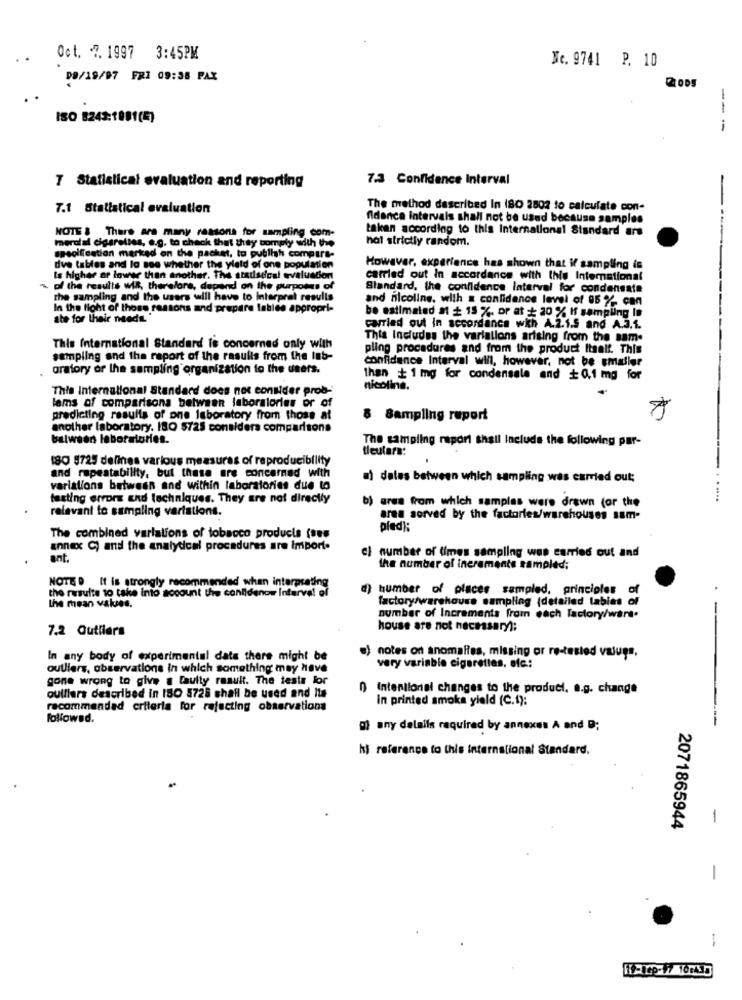
Oct. 7. 1997 3:45PM
Ne. 9741 P. 10
D9/19/97 FRI 09:38 PAX
2005
--
ISO 8243:1091(4)
-
7 Statistical evaluation and reporting
7.3 Confidence Interval
7.1 Statistical evaluation
The method described In (80 2802 to calculate con-
fidence intervals shall not be used because samples
NOTE & There are many reasons for sampling com-
taken according to this International Standard are
merulal cigarettes, e.g. to check that they comply with the
hat strictly random.
specification marked on the packet, to publish compara-
dve tables and lo see whether the yield of one population
However, experience has shown that if sampling is
Is higher or lower than another. The stadsecal evaluation
carried out In accordance with this International
of the results wil, therefore, depend on the purposes of
Standard, the confidence Interval for condensate
the sampling and the users will have to interpret resulis
and nicoline, with a confidence level of 05 % can
In the light of those ressons and prepare tables appropri-
ate for their needs.
be estimated a1 + 15 %. or at + 20 % If sampling Is
carried out in accordance with A.2.1.5 and A.J.L.
This Includes the variations arising from the same
This International Standard is concerned only with
pling procedures and from the product Itself. This
sampling and the report of the results from the Inb-
confidence Interval will, however, not be smaller
oratory or the sampling organization to the users.
than + 1 mg for condensale and + 0,1 mg for
This International Standard does not consider prob-
nicoline.
lams of comparisons between laboratories or of
predicting results of one laboratory from those at
8 Sampling report
another laboratory. I80 5725 considers comparisons
between laboratories.
The sampling raport shall Include the following par-
tleutara:
180 5725 delines various measures of reproducibility
and repeatability, but these are concerned with
a) dates between which sampling was carried out;
variations between and within laboratories due to
testing error and techniques. They are not directly
b) ares from which samples were drawn (or the
relevant to sampling variations.
aren sorved by the factories/warehouses sam-
pledi:
The combined varlalions of tobacco products (see
annex C) and the analytical procedures are import.
cl number of times sampling was carried out and
ant.
the number of increments sampled:
NOTED It is strongly recommended when interpreting
the results to take into account the confidenow Infarve! of
d) humber of places sampled, principles of
.
factory/warehouse sampling (detailed lables of
the mean values.
-
number of Increments from each factory/wirt.
7.2 Outliers
house are not necessary;
notes on anomalies, missing or re-tested valugs,
In any body of experimental date there might be
outliers, observations in which something may have
very variable cigarettes. ofc .:
gone wrong to give a faulty result. The teste lor
C
Intentional changes to the product, a.g. change
ouillers described in 180 5728 shall be used and Its
In printed smoka yield (C.1):
recommendad criteria for rejecting observations
followed.
-
D) any delails required by annexes A and D;
hi reference to this international Standard.
-
2071865944
-